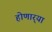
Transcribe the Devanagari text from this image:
होणार्‍या